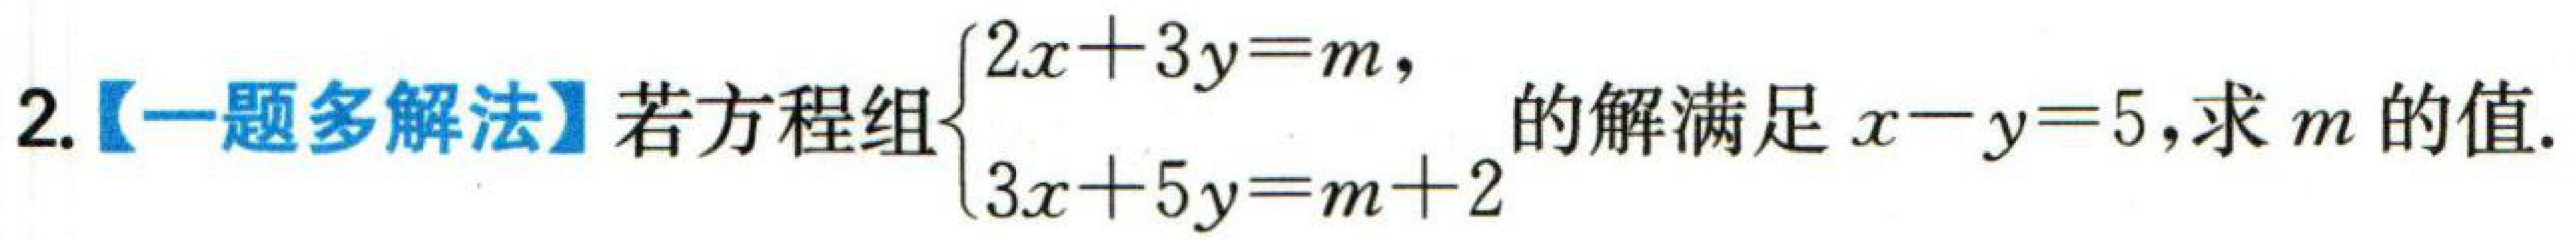
2.【一题多解法】若方程组\(\begin{cases}2x + 3y = m,\\3x + 5y = m + 2\end{cases}\)的解满足\(x - y = 5\),求\(m\)的值.